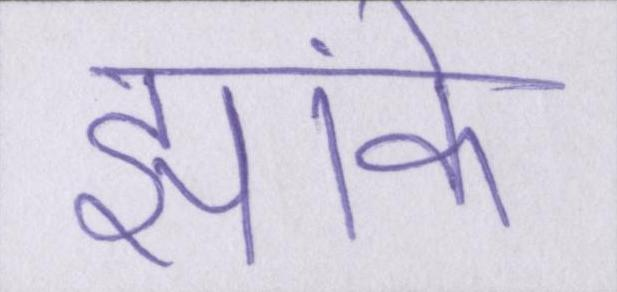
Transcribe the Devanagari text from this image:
झांके